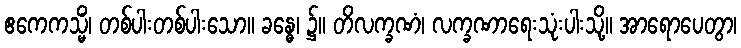
ဧကေကသ္မိံ၊ တစ်ပါးတစ်ပါးသော။ ခန္ဓေ၊ ၌။ တိလက္ခဏံ၊ လက္ခဏာရေးသုံးပါးသို့။ အာရောပေတွာ၊